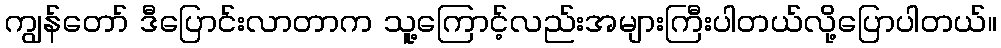
ကျွန်တော် ဒီပြောင်းလာတာက သူ့ကြောင့်လည်းအများကြီးပါတယ်လို့ပြောပါတယ်။